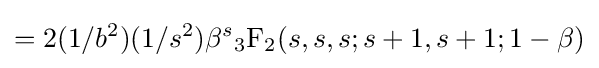
=2(1/b^{2})(1/s^{2})\beta ^{s}{_{3}{\text{F}}_{2}}(s,s,s;s+1,s+1;1-\beta )